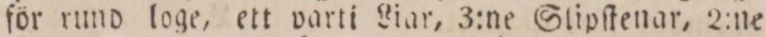
för rund loge, ett parti Liar, 3:ne Slipſtenar, 2:ne